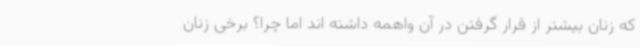
که زنان بیشتر از قرار گرفتن در آن واهمه داشته اند اما چرا؟ برخی زنان